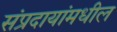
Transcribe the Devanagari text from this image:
संप्रदायांमधील